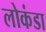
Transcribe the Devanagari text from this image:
लोकंडा